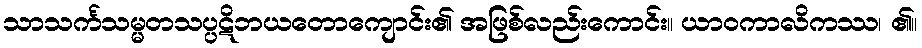
သာသင်္ကသမ္မတသပ္ပဋိဘယတောကျောင်း၏ အဖြစ်လည်းကောင်း။ ယာဝကာလိကဿ၊ ၏။